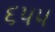
૬૫૫